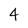
Character: 4